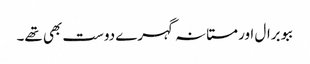
ببو برال اور مستانہ گہرے دوست بھی تھے۔